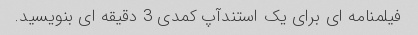
فیلمنامه ای برای یک استندآپ کمدی 3 دقیقه ای بنویسید.